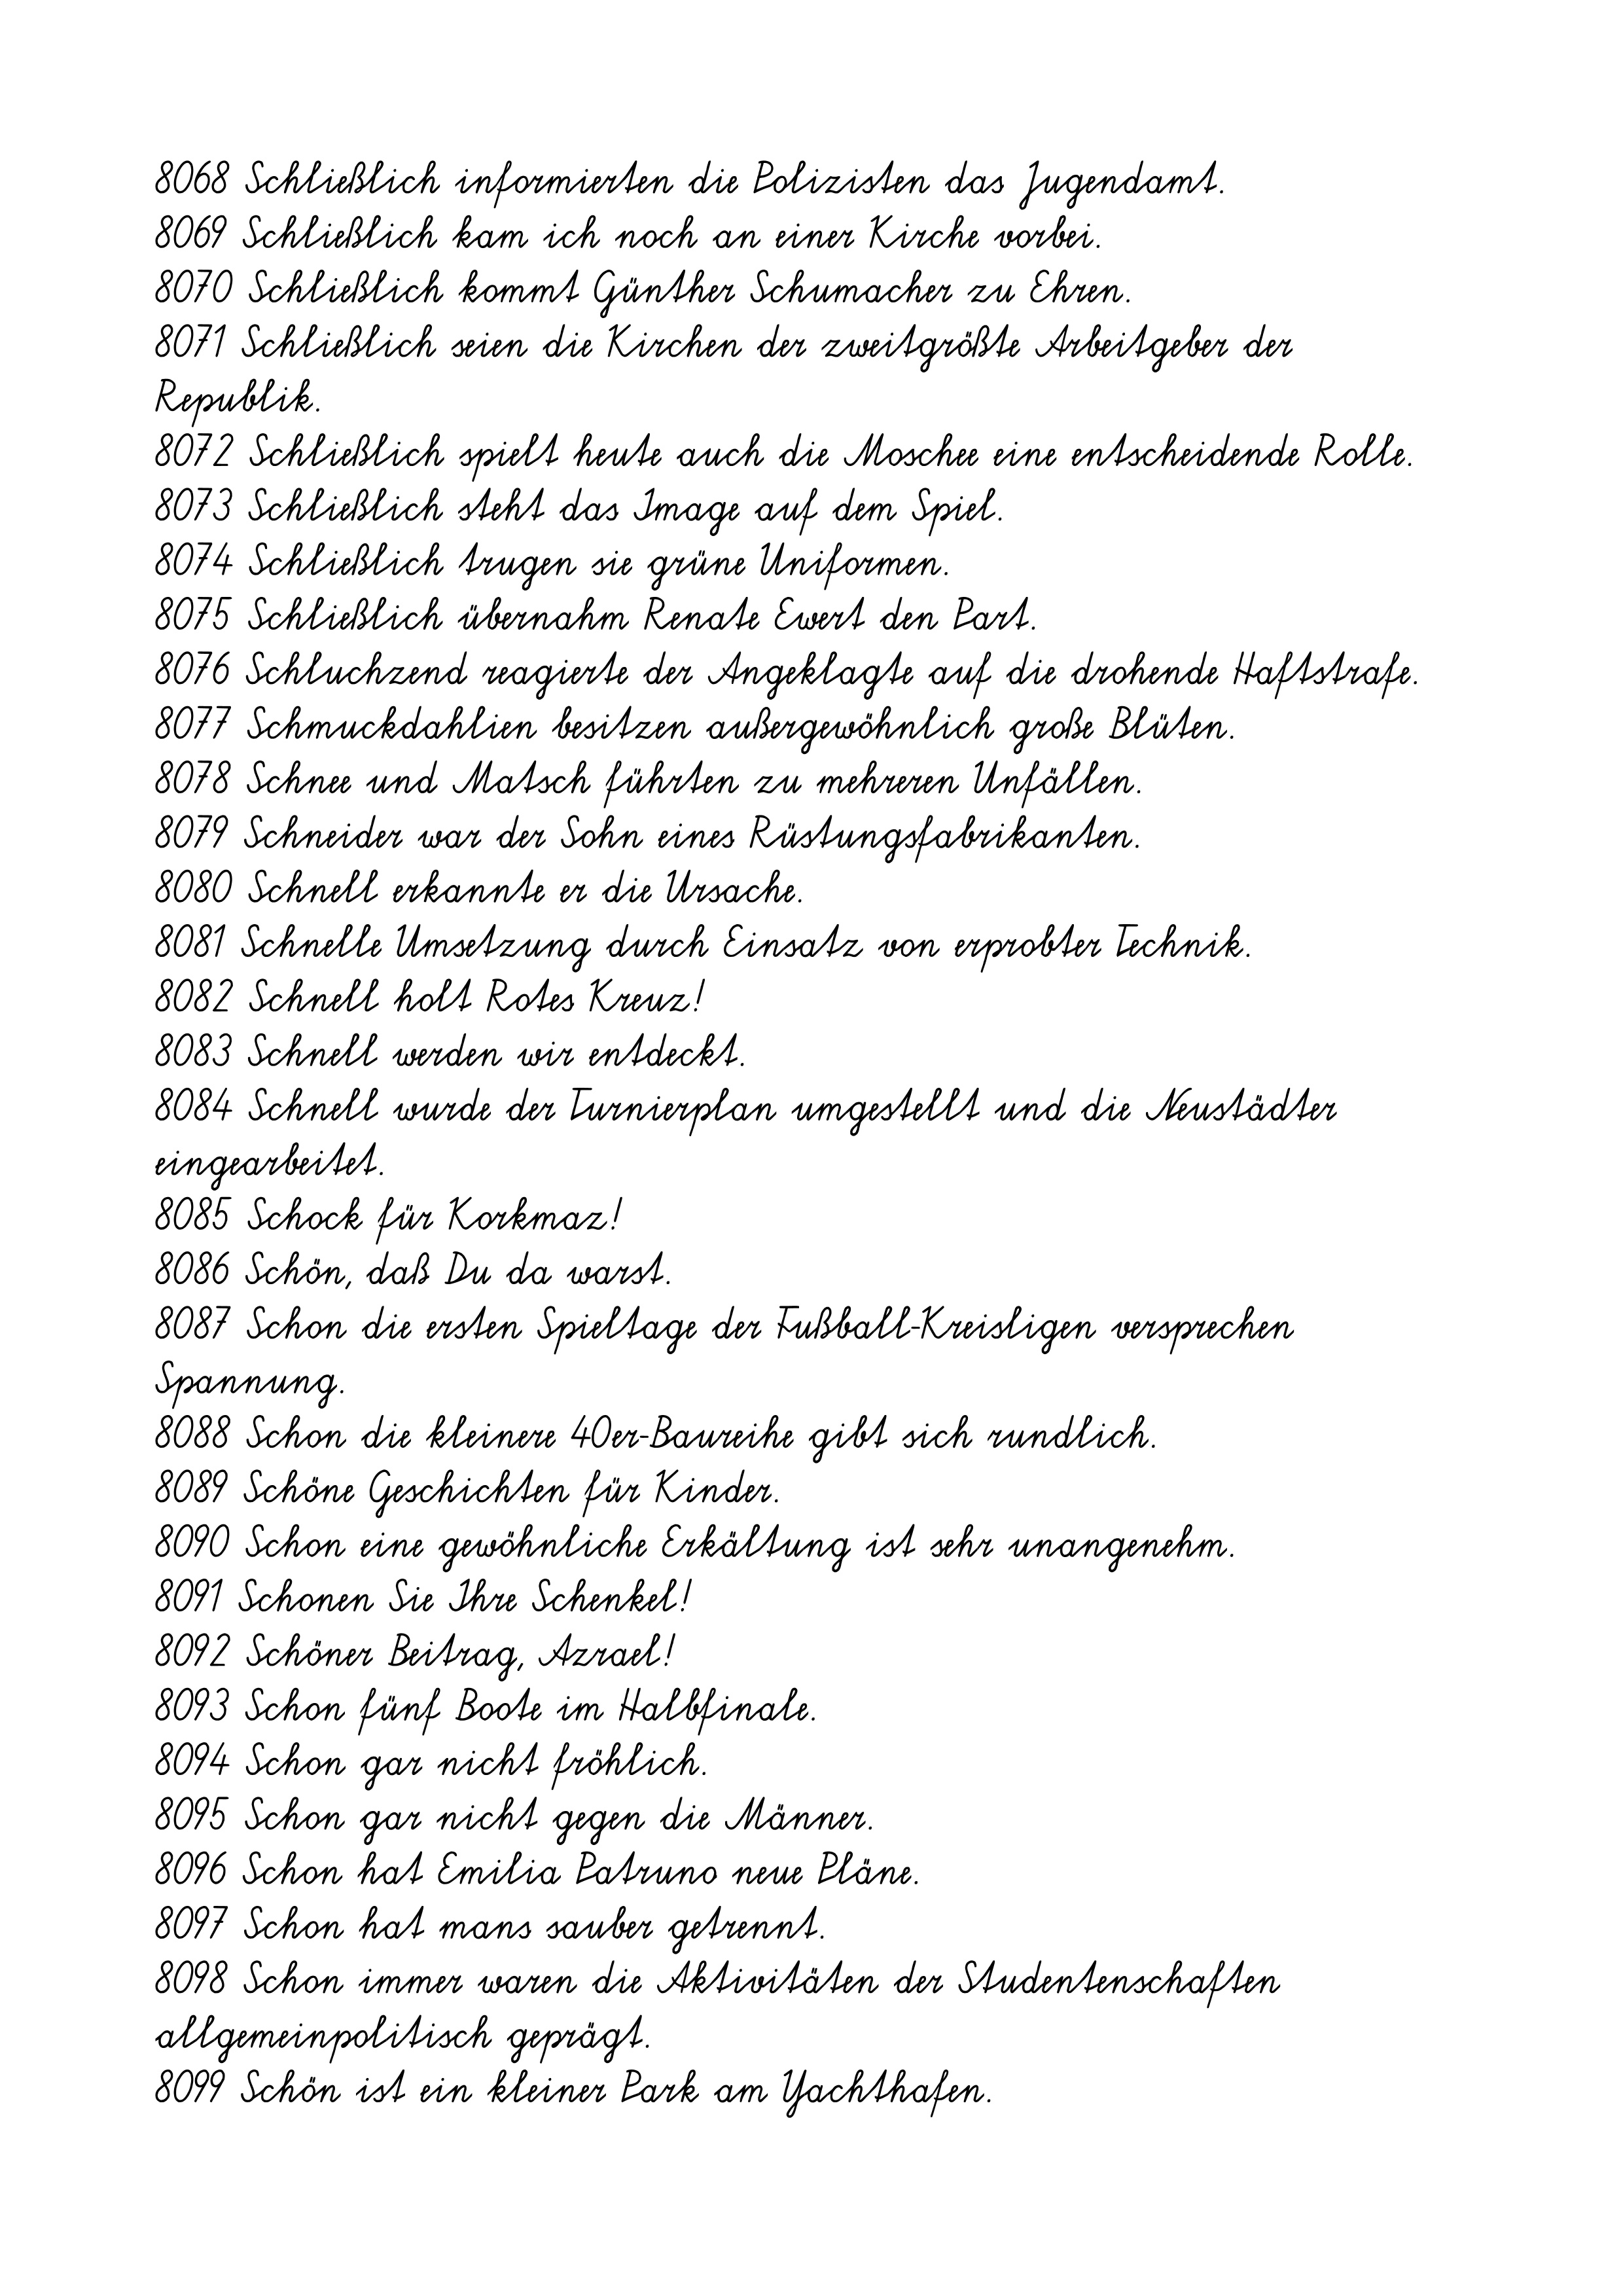
8068 Schließlich informierten die Polizisten das Jugendamt.
8069 Schließlich kam ich noch an einer Kirche vorbei.
8070 Schließlich kommt Günther Schumacher zu Ehren.
8071 Schließlich seien die Kirchen der zweitgrößte Arbeitgeber der
Republik.
8072 Schließlich spielt heute auch die Moschee eine entscheidende Rolle.
8073 Schließlich steht das Image auf dem Spiel.
8074 Schließlich trugen sie grüne Uniformen.
8075 Schließlich übernahm Renate Ewert den Part.
8076 Schluchzend reagierte der Angeklagte auf die drohende Haftstrafe.
8077 Schmuckdahlien besitzen außergewöhnlich große Blüten.
8078 Schnee und Matsch führten zu mehreren Unfällen.
8079 Schneider war der Sohn eines Rüstungsfabrikanten.
8080 Schnell erkannte er die Ursache.
8081 Schnelle Umsetzung durch Einsatz von erprobter Technik.
8082 Schnell holt Rotes Kreuz!
8083 Schnell werden wir entdeckt.
8084 Schnell wurde der Turnierplan umgestellt und die Neustädter
eingearbeitet.
8085 Schock für Korkmaz!
8086 Schön, daß Du da warst.
8087 Schon die ersten Spieltage der Fußball-Kreisligen versprechen
Spannung.
8088 Schon die kleinere 40er-Baureihe gibt sich rundlich.
8089 Schöne Geschichten für Kinder.
8090 Schon eine gewöhnliche Erkältung ist sehr unangenehm.
8091 Schonen Sie Ihre Schenkel!
8092 Schöner Beitrag, Azrael!
8093 Schon fünf Boote im Halbfinale.
8094 Schon gar nicht fröhlich.
8095 Schon gar nicht gegen die Männer.
8096 Schon hat Emilia Patruno neue Pläne.
8097 Schon hat mans sauber getrennt.
8098 Schon immer waren die Aktivitäten der Studentenschaften
allgemeinpolitisch geprägt.
8099 Schön ist ein kleiner Park am Yachthafen.